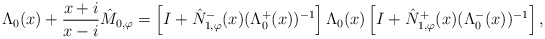
\begin{align*}\Lambda_{0}(x) + \frac{x + i}{x - i} \hat{M}_{0,\varphi} = \left[I + \hat{N}_{1,\varphi}^{-}(x) (\Lambda^{+}_{0}(x))^{-1}\right] \Lambda_{0}(x) \left[I + \hat{N}_{1,\varphi}^{+}(x) (\Lambda^{-}_{0}(x))^{-1}\right],\end{align*}